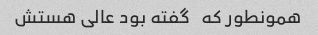
همونطور که   گفته بود عالی هستش